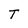
Character: T